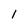
Character: 1